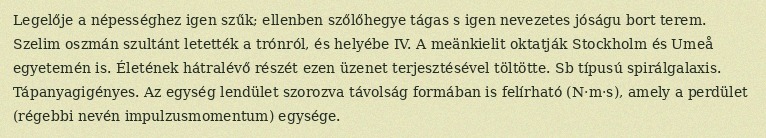
Legelője a népességhez igen szűk; ellenben szőlőhegye tágas s igen nevezetes jóságu bort terem. Szelim oszmán szultánt letették a trónról, és helyébe IV. A meänkielit oktatják Stockholm és Umeå egyetemén is. Életének hátralévő részét ezen üzenet terjesztésével töltötte. Sb típusú spirálgalaxis. Tápanyagigényes. Az egység lendület szorozva távolság formában is felírható (N·m·s), amely a perdület (régebbi nevén impulzusmomentum) egysége.